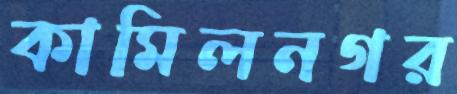
কামিলনগর